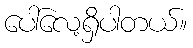
ပေါ်လေ့ရှိပါတယ်။